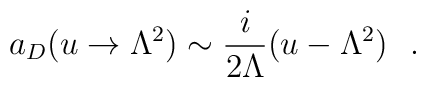
a_{D}(u\to\Lambda^2)\sim \frac{i}{2\Lambda}(u-\Lambda^2)\ \ .